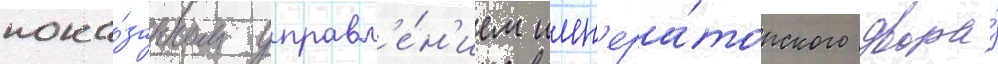
пока́занном управл'е́н'ием имп'ера́торского двора́